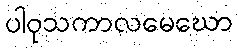
ပါဝုသကာလမေဃော